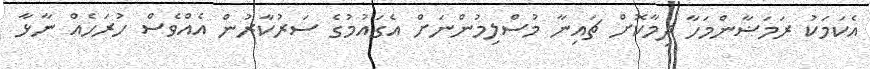
އެކަމަކު ރަމަޟާންމަހާ ދިމާކޮށް ޗައިނާ މުސްލިމުންނަށް އެގައުމުގެ ސަރުކާރުން އެއްވެސް ހުރަހެއް ނާޅާ